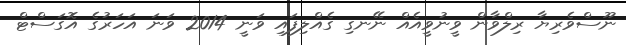
ނޫސްވެރިޔާ ރިލްވާން ވީނުވީއެއް ނޭނގި ގެއްލިފައި ވަނީ 2014 ވަނަ އަހަރުގެ އޮގަސްޓް